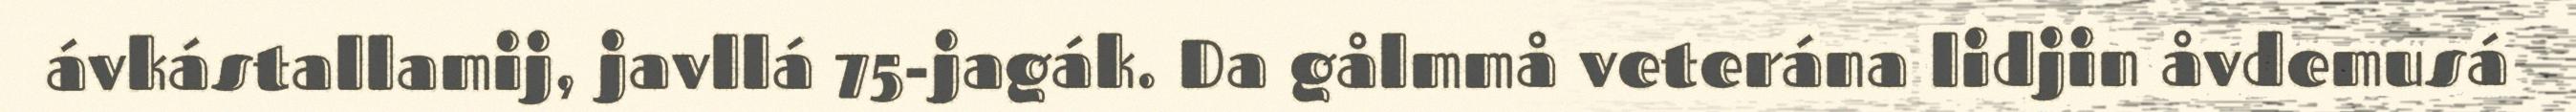
ávkástallamij, javllá 75-jagák. Da gålmmå veterána lidjin åvdemusá